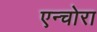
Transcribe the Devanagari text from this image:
एन्चोरा